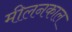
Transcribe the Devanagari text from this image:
मीलनकाल